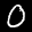
Label: 0